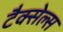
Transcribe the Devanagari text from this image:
टैक्सेल्स